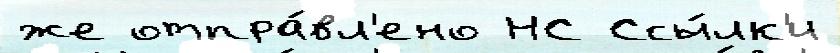
же отпра́вл'ено НС Ссы́лк'и